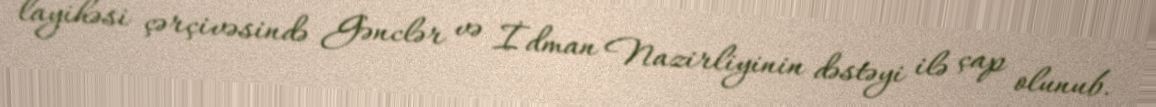
layihəsi çərçivəsində Gənclər və İdman Nazirliyinin dəstəyi ilə çap olunub.